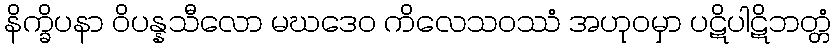
နိက္ခိပနာ ဝိပန္နသီလော မဃဒေဝ ကိလေသဝဿံ အဟုဝမှာ ပဋိပါဋိဘတ္တံ